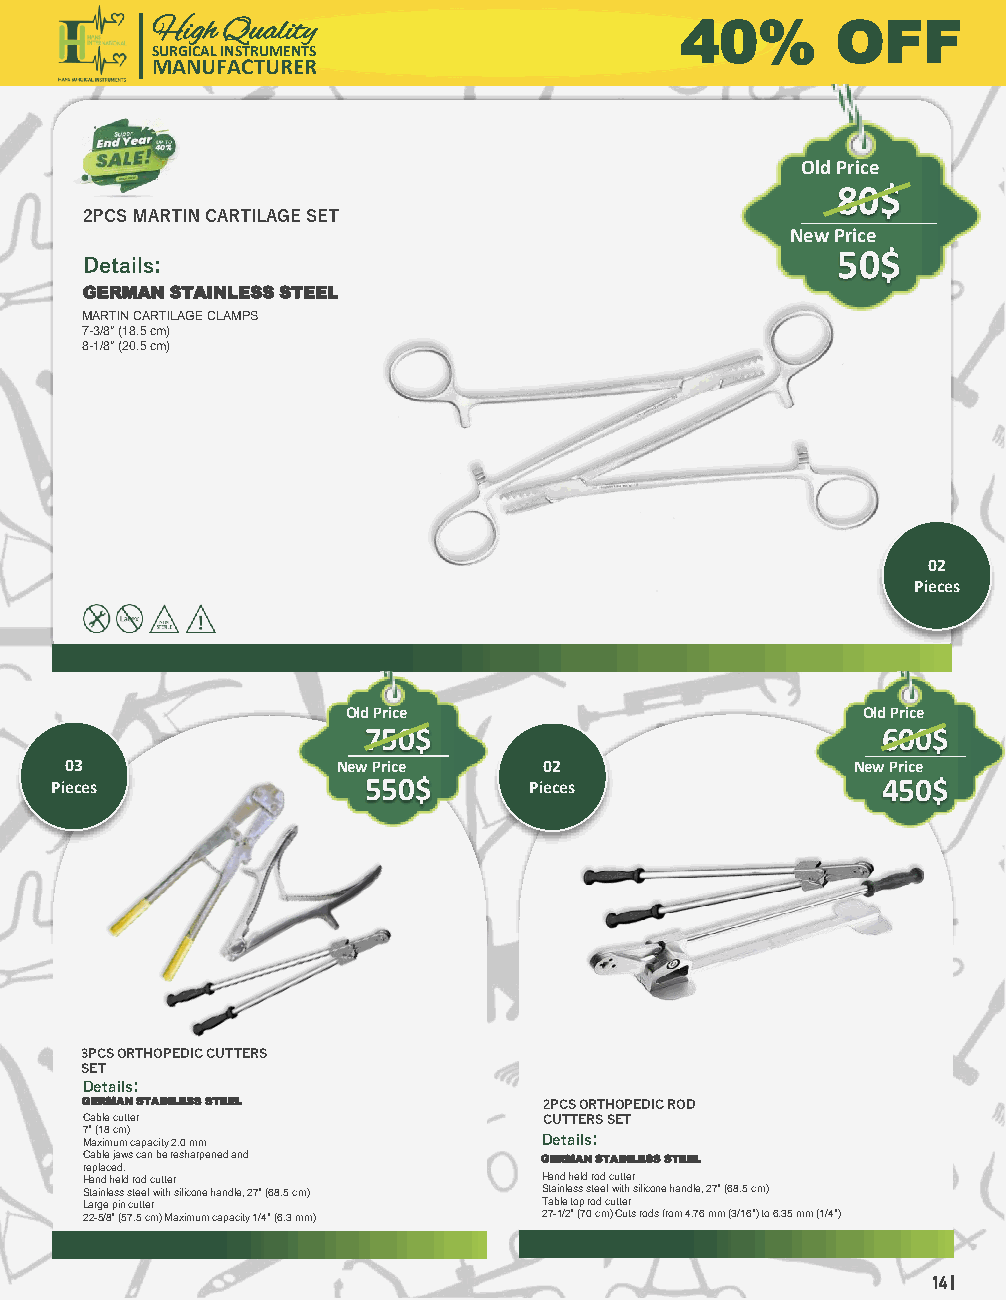
High Quality                       40%       OFF
 SURGICAL INSTRUMENTS
 MANUFACTURER
 Old Price
 80$
 2PCS MARTIN CARTILAGE SET
 New Price
 Details:                                          50$
 GERMAN STAINLESS STEEL
 MARTIN CARTILAGE CLAMPS
 7-3/8" (18.5 cm)
 8-1/8" (20.5 cm)
 02
 Pieces
 Old Price                         Old Price
 750$                              600$
 03                New Price     02                   New Price
 Pieces               550$       Pieces                 450$
 3PCS ORTHOPEDIC CUTTERS
 SET
 Details:
 GERMAN STAINLESS STEEL         2PCS ORTHOPEDIC ROD
 Cable cutter                   CUTTERS SET
 7 M"
 a
 ( x1 i8
 m
 c um m)
 capacity 2.0 mm
 Details:
 Cable jaws can be resharpenedand GERMAN STAINLESS STEEL
 replaced.
 Hand held rod cutter           Hand held rod cutter
 Stainless steel with silicone handle, 27" (68.5 cm) Stainless steel with silicone handle, 27" (68.5 cm)
 Large pin cutter               Table top rod cutter
 22-5/8" (57.5 cm) Maximum capacity 1/4" (6.3 mm) 27-1/2" (70 cm) Cuts rods from 4.76 mm (3/16") to 6.35 mm (1/4")
 14 |